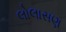
લોલાસણ